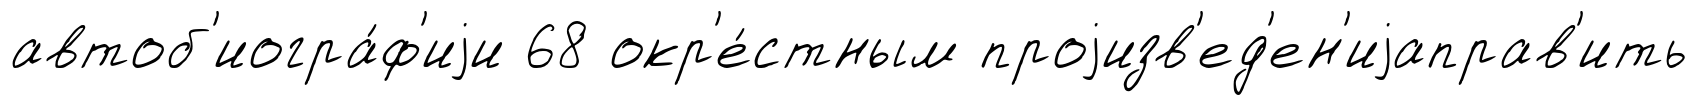
автоб'иогра́ф'иjи 68 окр'е́стным проjизв'ед'ен'иjаправ'ить